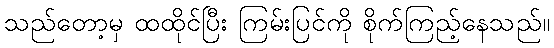
သည်တော့မှ ထထိုင်ပြီး ကြမ်းပြင်ကို စိုက်ကြည့်နေသည်။